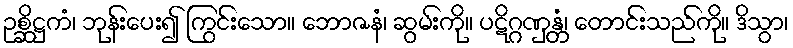
ဥစ္ဆိဋ္ဌကံ၊ ဘုန်းပေး၍ ကြွင်းသော။ ဘောဇနံ၊ ဆွမ်းကို။ ပဋိဂ္ဂဏှန္တံ၊ တောင်းသည်ကို။ ဒိသွာ၊